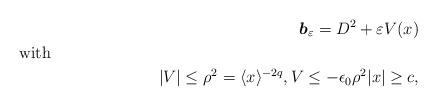
LaTeX: \begin{align*}\boldsymbol{b}_\varepsilon = D^2 +\varepsilon V(x)\\\shortintertext{with}|V|\le \rho^2=\langle x\rangle^{-2q}, V\le - \epsilon_0\rho^2 |x|\ge c,\end{align*}